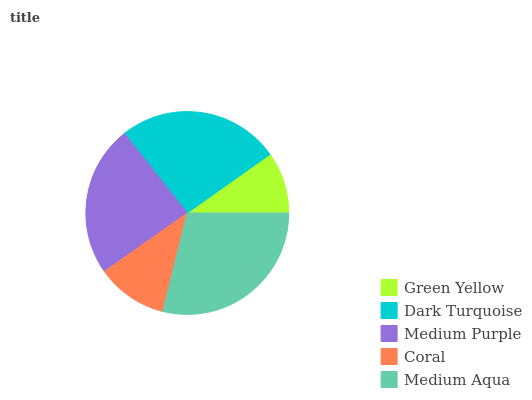
| Green Yellow | Dark Turquoise | Medium Purple | Coral | Medium Aqua |
 | --- | --- | --- | --- | --- |
 | 9.82% | 25.8% | 24.2% | 11.4% | 28.8% |